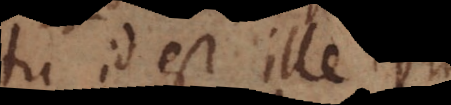
tu id est ille,